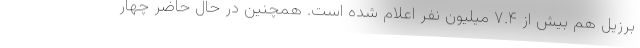
برزیل هم بیش از ۷.۴ میلیون نفر اعلام شده است. همچنین در حال حاضر چهار